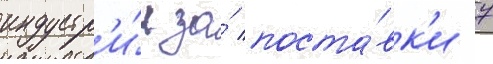
индустр'и́и за́ поста́вк'и 7